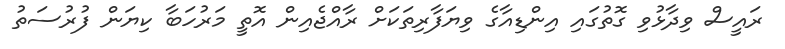
ރައީސް ވިދާޅުވި ގޮތުގައި އިންޑިއާގެ ވިޔަފާރިތަކަށް ރާއްޖެއިން އޮތީ މަރުހަބާ ކިޔަން ފުރުސަތު